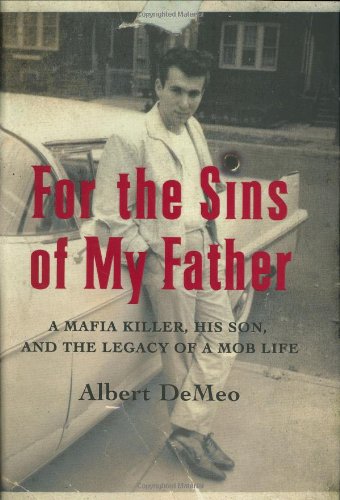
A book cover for For the Sins of My Father: A Mafia Killer, His Son, and the Legacy of a Mob Life; Albert DeMeo; Biographies & Memoirs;